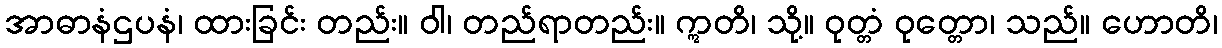
အာဓာနံဌပနံ၊ ထားခြင်း တည်း။ ဝါ၊ တည်ရာတည်း။ ဣတိ၊ သို့။ ဝုတ္တံ ဝုတ္တော၊ သည်။ ဟောတိ၊